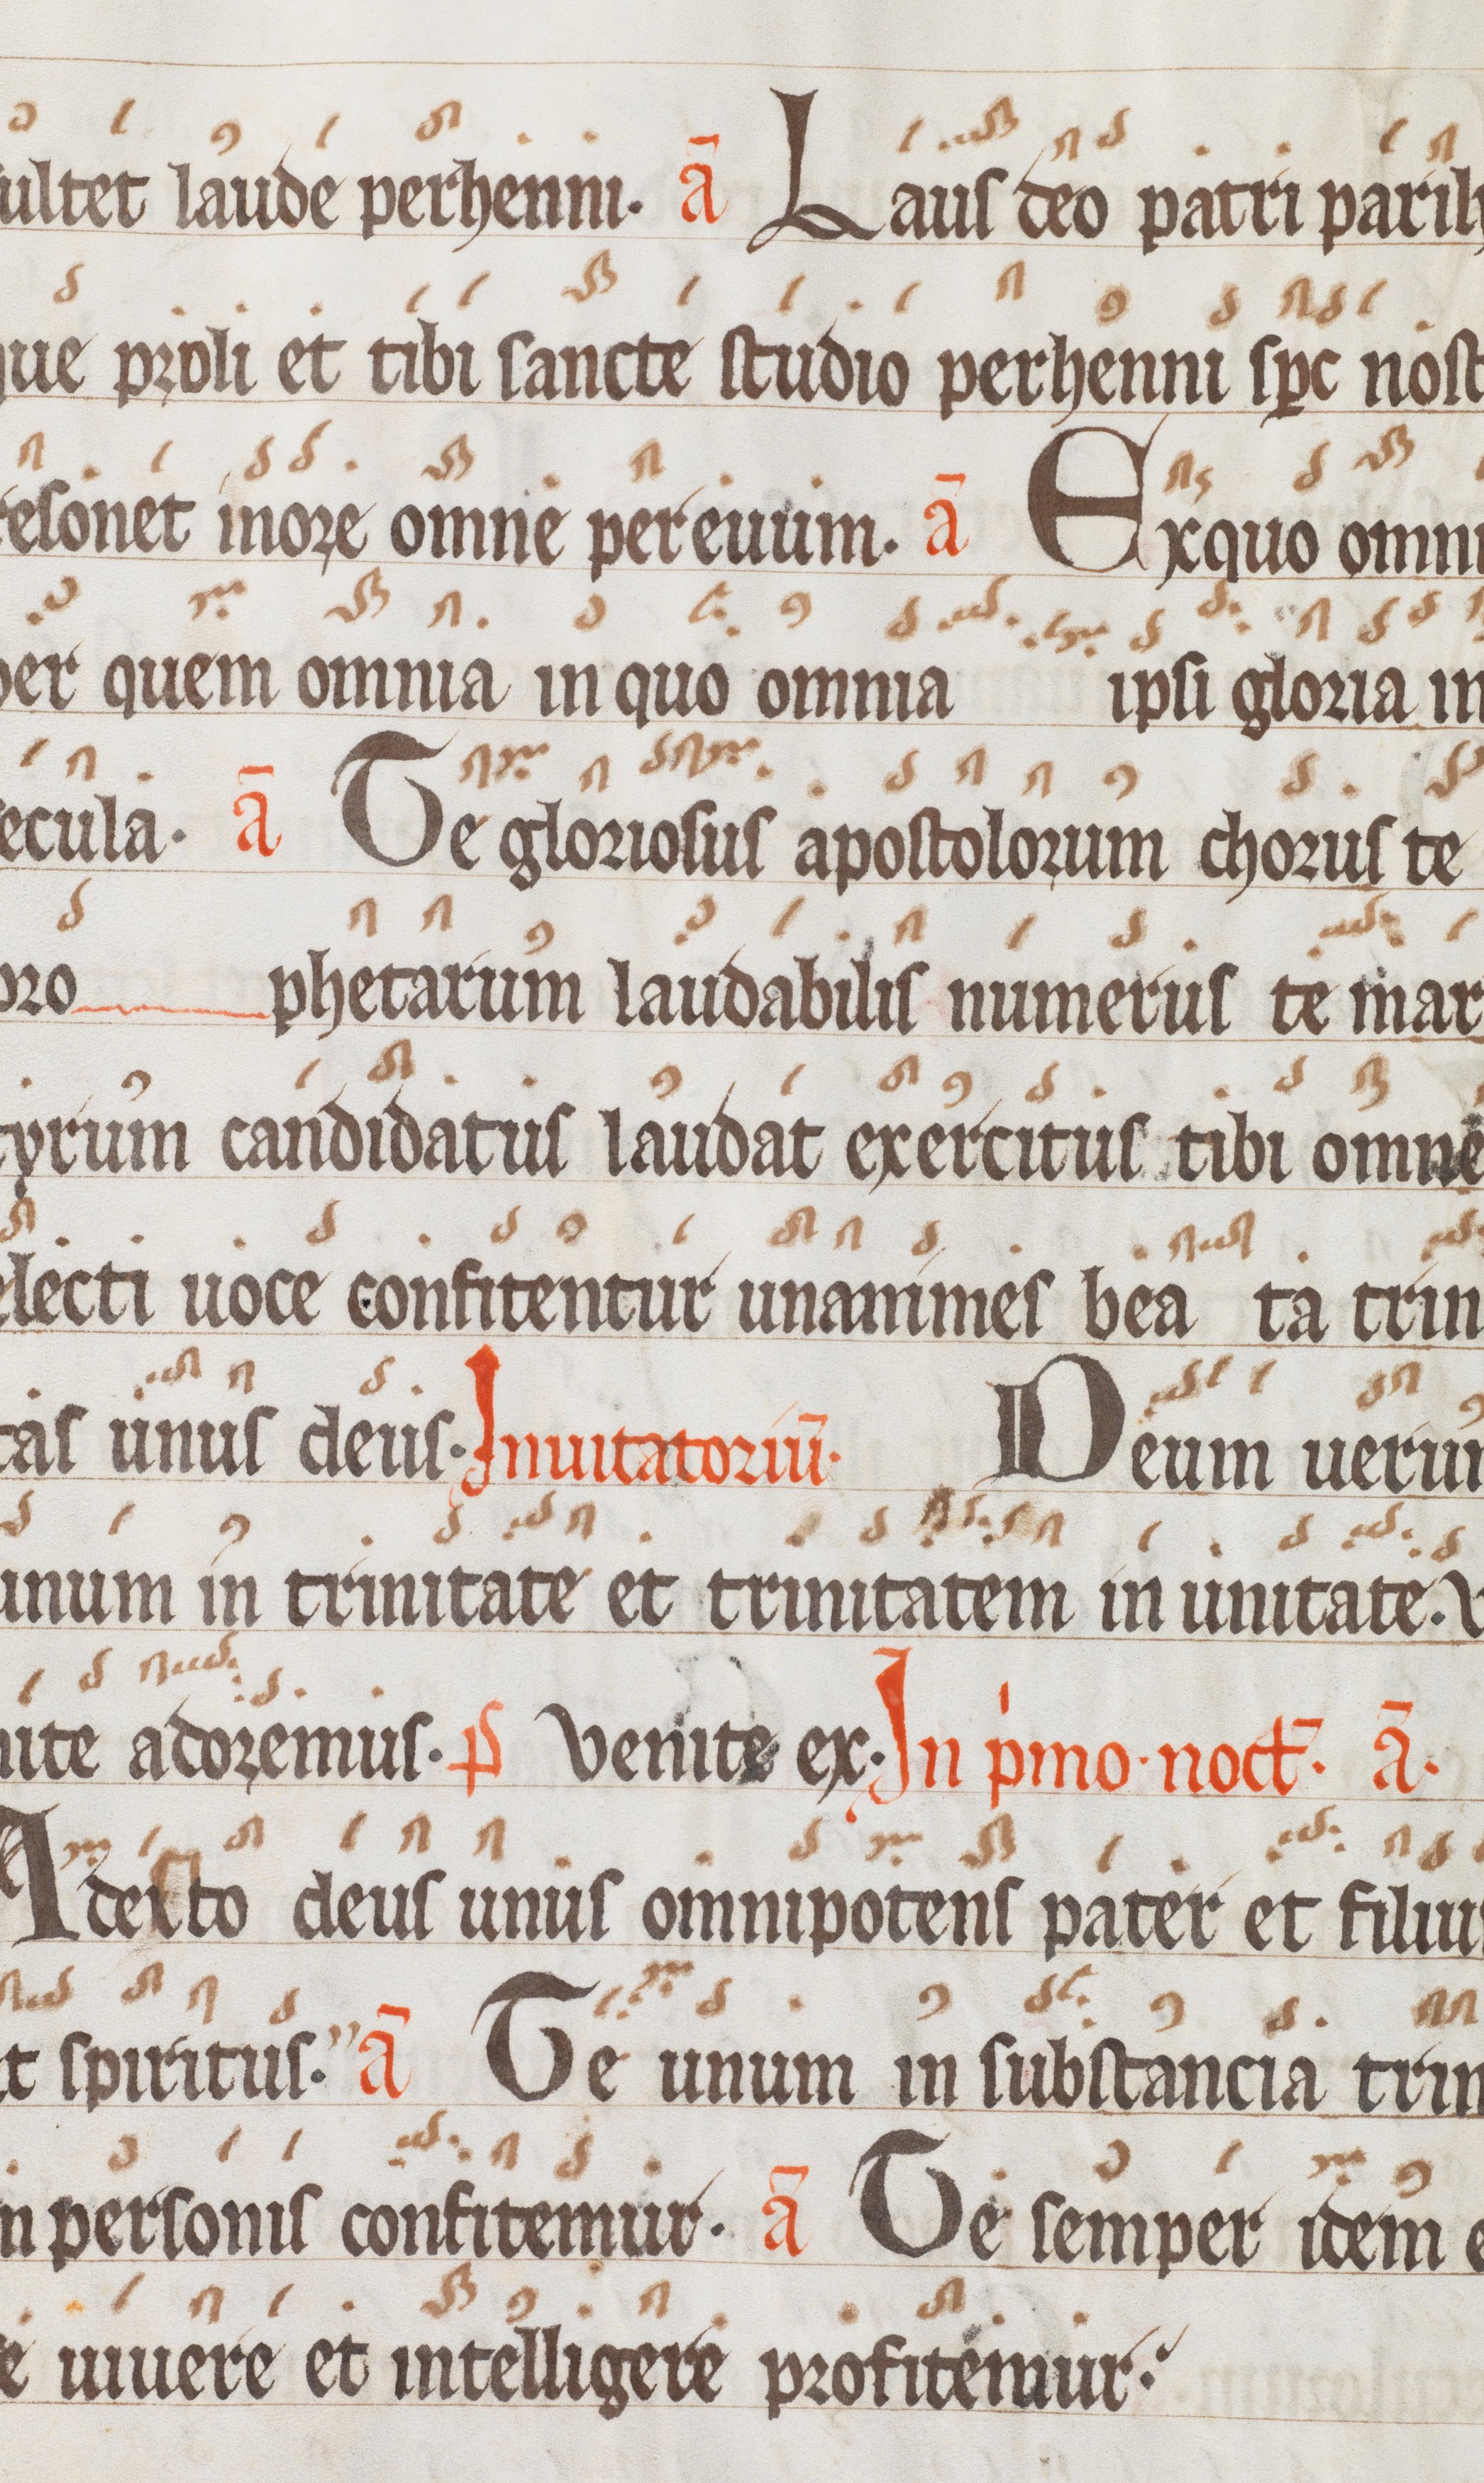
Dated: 1300–1399